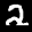
Label: 2